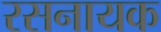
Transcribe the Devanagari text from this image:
रसनायक